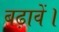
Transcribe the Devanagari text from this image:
बढ़ावें।